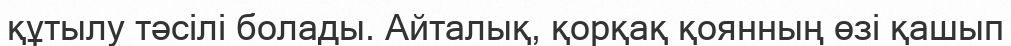
құтылу тәсілі болады. Айталық, қорқақ қоянның өзі қашып